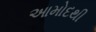
આમોદથી